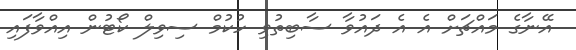
އޭނާގެ މައްޗަށް އެ އެ ދައުވާ ސާބިތުވި ހުކުމް ސިވިލް ކޯޓުން އިއްވާފައި